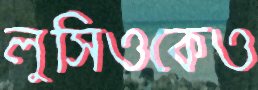
লুসিওকেও